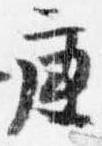
庚